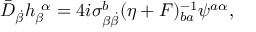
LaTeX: \bar { \cal D } _ { \dot { \beta } } h _ { \beta } ^ { ~ \alpha } = 4 i \sigma _ { \beta { \dot { \beta } } } ^ { b } ( \eta + F ) _ { b a } ^ { - 1 } \psi ^ { a \alpha } ,